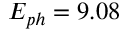
E _ { p h } = 9 . 0 8